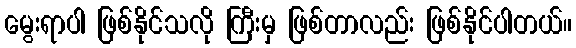
မွေးရာပါ ဖြစ်နိုင်သလို ကြီးမှ ဖြစ်တာလည်း ဖြစ်နိုင်ပါတယ်။